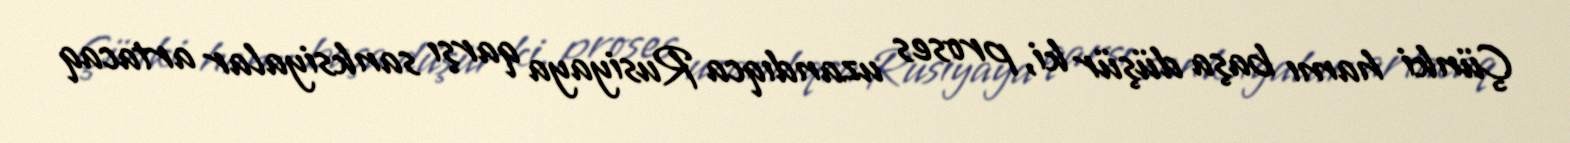
Çünki hamı başa düşür ki, proses uzandıqca Rusiyaya qarşı sanksiyalar artacaq